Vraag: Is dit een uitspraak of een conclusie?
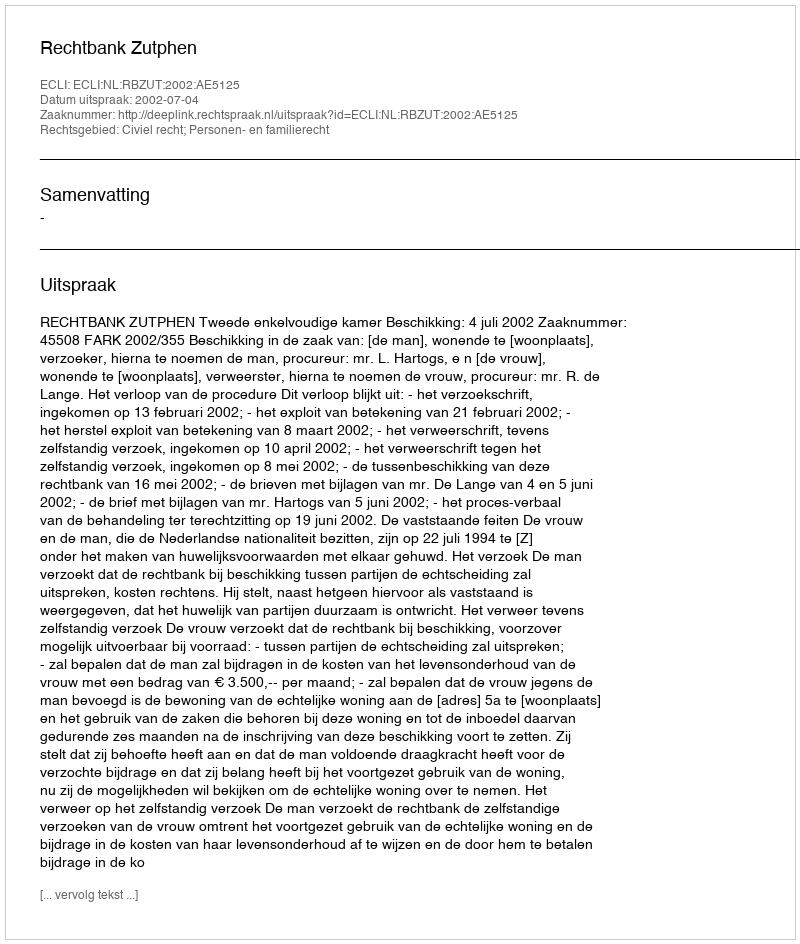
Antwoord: Uitspraak